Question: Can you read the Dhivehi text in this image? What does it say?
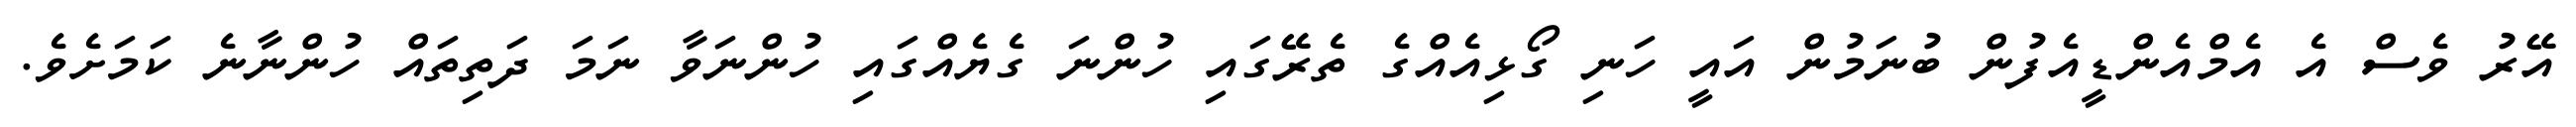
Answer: އޭރު ވެސް އެ އެމްއެންޑީއެފުން ބުނަމުން އައީ ހަނި ގޯޅިއެއްގެ ތެރޭގައި ހުންނަ ގެޔެއްގައި ހުންނަވާ ނަމަ ދަތިތައް ހުންނާނެ ކަމަށެވެ.